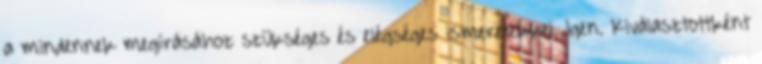
a mindennek megírásához szük­séges és elégséges ismeretekkel. Igen. Kiválasztottként